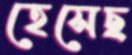
হেসেছ